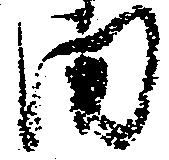
田